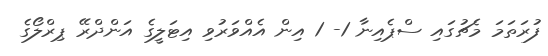
ފުރަތަމަ މެޗުގައި ސްޕެއިނާ 1- 1 އިން އެއްވަރުވި އިޓަލީގެ އަންދްރޭ ޕިރްލޯގެ